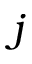
j